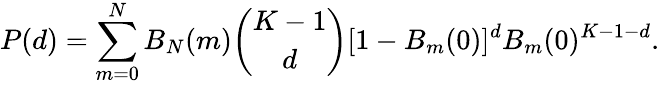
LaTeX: P(d)=\sum_{m=0}^{N}B_{N}(m)\binom{K-1}{d}[1-B_{m}(0)]^{d}B_{m}(0)^{K-1-d}.